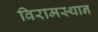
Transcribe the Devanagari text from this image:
विरामस्थान